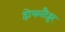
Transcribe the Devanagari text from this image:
होफस्टैड्टर